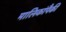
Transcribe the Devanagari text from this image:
मालिकांपैकी